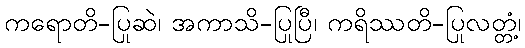
ကရောတိ-ပြုဆဲ၊ အကာသိ-ပြုပြီ၊ ကရိဿတိ-ပြုလတ္တံ့၊